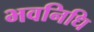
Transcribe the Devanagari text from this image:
भवनिधि